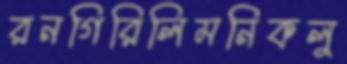
রনগিরিলিমনিকলু